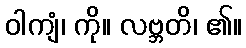
ဝါကျံ၊ ကို။ လဗ္ဘတိ၊ ၏။